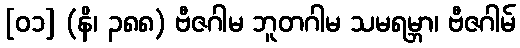
[၀၁] (နိ၊ ၃၈၈) ဗီဇဂါမ ဘူတဂါမ သမရမ္ဘာ၊ ဗီဇဂါမ်